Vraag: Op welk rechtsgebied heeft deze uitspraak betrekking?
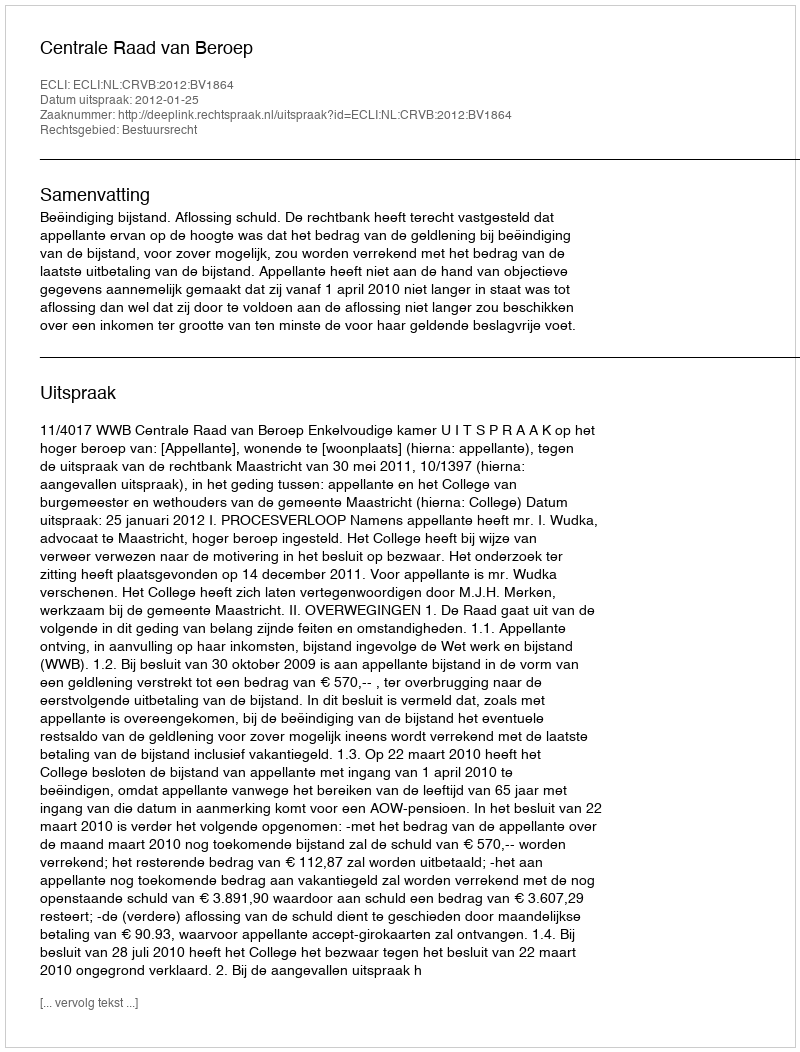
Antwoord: Bestuursrecht